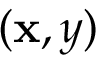
( \mathbf { x } , y )